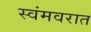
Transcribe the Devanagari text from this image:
स्वंमवरात